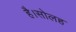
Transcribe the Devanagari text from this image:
है।सोलह